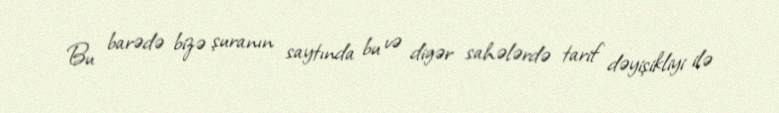
Bu barədə bizə şuranın saytında bu və digər sahələrdə tarif dəyişikliyi ilə